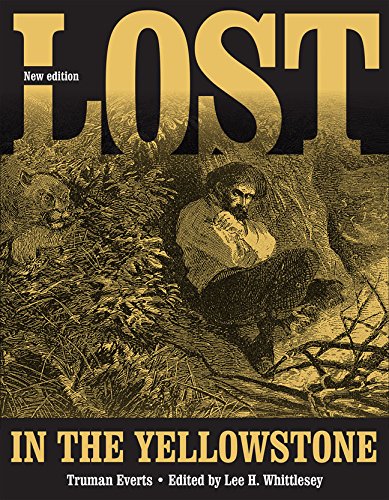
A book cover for Lost in the Yellowstone: "Thirty-Seven Days of Peril" and a Handwritten Account of Being Lost; Truman Everts; Travel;